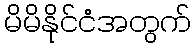
မိမိနိုင်ငံအတွက်